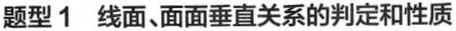
题型1 线面、面面垂直关系的判定和性质